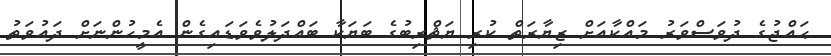
ޙައްޖުގެ ދުވަސްވަރު މައްކާއަށް ޒިޔާރަތް ކުރި ޔަޘްރިބުގެ ބަޔަކާ ބައްދަލުވެވަޑައިގެން އެމީހުންނަށް ދައުވަތު